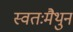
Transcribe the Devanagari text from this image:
स्वतःमैथुन